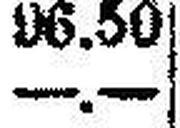
—.—